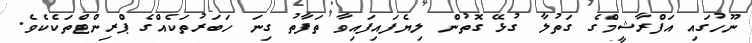
ނޫހުގައި އަފްރާޝީމްގެ ގަތުލާ ގުޅޭ ގޮތުން ލިޔެފައިފައިވާ ތަފާތު ގިނަ ހަބަރުތަކެއްގެ ޕްރިންޓްތަކެކެވެ.